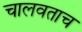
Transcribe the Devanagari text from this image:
चालवताच